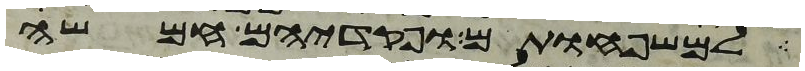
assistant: למשפחותם ופקדיהם חמשה